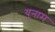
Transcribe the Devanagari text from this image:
युनाम